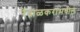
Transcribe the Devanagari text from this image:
रेंदाळकरांमधील